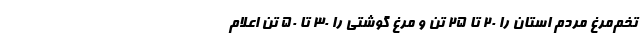
تخم‌مرغ مردم استان را ۲۰ تا ۲۵ تن و مرغ گوشتی را ۳۰ تا ۵۰ تن اعلام